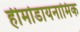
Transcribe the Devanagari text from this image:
हीमोडायनामिक